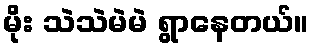
မိုး သဲသဲမဲမဲ ရွာနေတယ်။